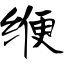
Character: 缏